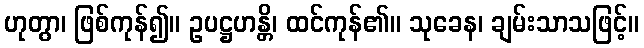
ဟုတွာ၊ ဖြစ်ကုန်၍။ ဥပဋ္ဌဟန္တိ၊ ထင်ကုန်၏။ သုခေန၊ ချမ်းသာသဖြင့်။